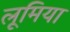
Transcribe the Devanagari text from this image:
लूमिया